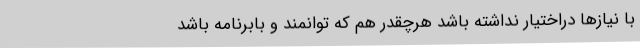
با نیازها دراختیار نداشته باشد هرچقدر هم که توانمند و بابرنامه باشد